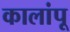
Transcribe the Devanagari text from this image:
कालांपू